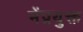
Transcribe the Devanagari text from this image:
मेंप्रयुक्त